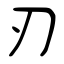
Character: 刃